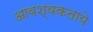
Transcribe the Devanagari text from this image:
आवश्यकताये